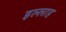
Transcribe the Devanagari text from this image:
इल्लाह